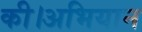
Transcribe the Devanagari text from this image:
की।अभियान